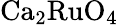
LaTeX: \mathrm{Ca_{2}RuO_{4}}